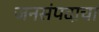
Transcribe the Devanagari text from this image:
जनसंपदाचा